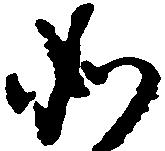
如